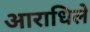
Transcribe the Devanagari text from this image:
आराधिले